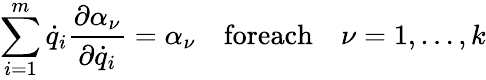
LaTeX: \sum_{i=1}^{m}{\dot{q}}_{i}\frac{\partial\alpha_{\nu}}{\partial{\dot{q}}_{i}}=\alpha_{\nu}\quad\textrm{foreach}\quad\nu=1,\dots,k